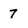
Character: 7